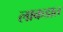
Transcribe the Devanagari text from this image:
लाकडात